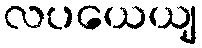
လပယေယျ